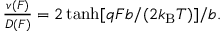
\begin{array} { r } { \frac { v ( F ) } { D ( F ) } = 2 \operatorname { t a n h } [ q F b / ( 2 k _ { \mathrm { B } } T ) ] / b . } \end{array}